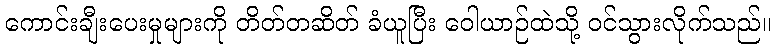
ကောင်းချီးပေးမှုများကို တိတ်တဆိတ် ခံယူပြီး ဝေါယာဉ်ထဲသို့ ဝင်သွားလိုက်သည်။